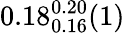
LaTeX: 0.18_{0.16}^{0.20}(1)